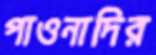
পাওনাদির